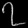
Digit: ၇